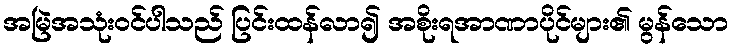
အမြဲအသုံးဝင်ပါသည် ပြင်းထန်လာ၍ အစိုးရအာဏာပိုင်များ၏ မွန်သော